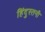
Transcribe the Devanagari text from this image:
हिंदुस्तनी